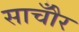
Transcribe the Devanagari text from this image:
साचौँर